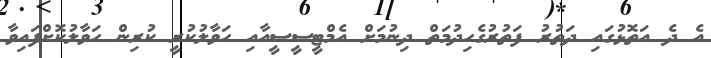
އެ ދެ އަތޮޅުގައި ދަތުރު ފަތުރުގެހިދުމަތް ދިނުމަށް އެމްޓީސީސީއާއި ހަވާލުކުރީ ކުރިން ހަވާލުކޮށްފައިވާ